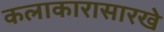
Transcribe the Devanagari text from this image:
कलाकारासारखे